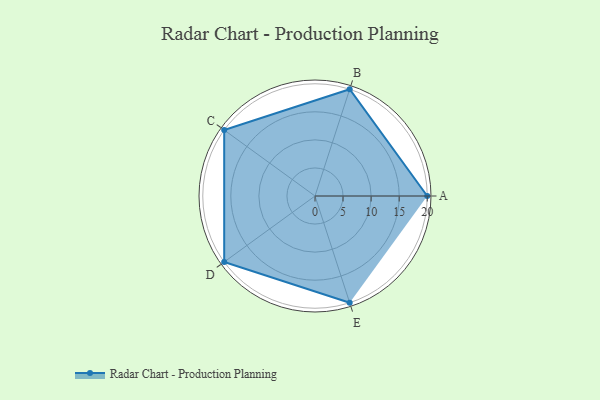
{"axis": {"x": "Skill", "y": "Score"}, "legend": ["Profile"], "data": [{"x": "A", "y": 20, "type": "Profile"}, {"x": "B", "y": 20, "type": "Profile"}, {"x": "C", "y": 20, "type": "Profile"}, {"x": "D", "y": 20, "type": "Profile"}, {"x": "E", "y": 20, "type": "Profile"}]}